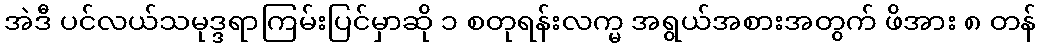
အဲဒီ ပင်လယ်သမုဒ္ဒရာကြမ်းပြင်မှာဆို ၁ စတုရန်းလက္မ အရွယ်အစားအတွက် ဖိအား ၈ တန်